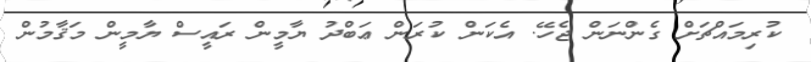
ކުރިމައްޗަށް ގެންނަން ޖެހޭ. އެކަން ކުރަން ޢަބްދު ޔާމީން ރައީސް ޔާމީން މަޤާމުން